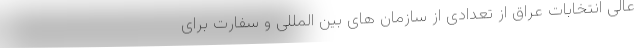
عالی انتخابات عراق از تعدادی از سازمان های بین المللی و سفارت برای